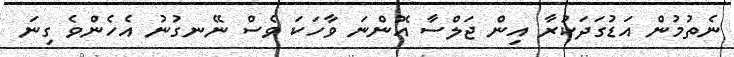
ނެތުމުން އަޑުގަދަކުރާ އިން ޖަލްސާ އޮންނަ ވާހަކަ ވެސް ނޭނގުނު އެހެންވެ ގިނަ